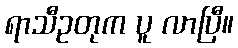
ရာသီဥတုက ပူ လာပြီ။